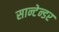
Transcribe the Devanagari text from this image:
सान्टेन्डर